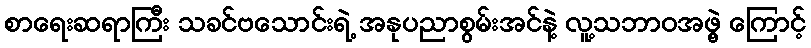
စာရေးဆရာကြီး သခင်ဗသောင်းရဲ့ အနုပညာစွမ်းအင်နဲ့ လူ့သဘာဝအဖွဲ့ ကြောင့်